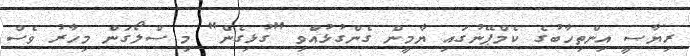
ރިޔާސީ އިންތިހާބުގެ ކެމްޕޭނުގައި ޔާމީން ގެންގުޅުއްވި "ގުޅިގެން" މި ސްލޯގަން މިހާރު ވެސް